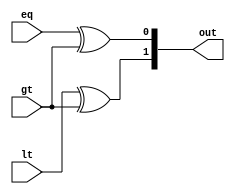
module comparator_controller (/*AUTOARG*/
   // Outputs
   out,
   // Inputs
   lt, eq, gt
   ) ;
   input lt, eq, gt;
   output [1:0] out;

   xor x1(out[1], lt, gt);
   xor x2(out[0], eq, gt);

endmodule // comparator_controller